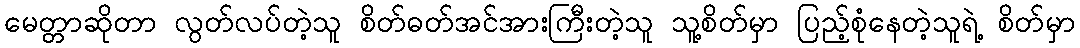
မေတ္တာဆိုတာ လွတ်လပ်တဲ့သူ စိတ်ဓတ်အင်အားကြီးတဲ့သူ သူ့စိတ်မှာ ပြည့်စုံနေတဲ့သူရဲ့ စိတ်မှာ